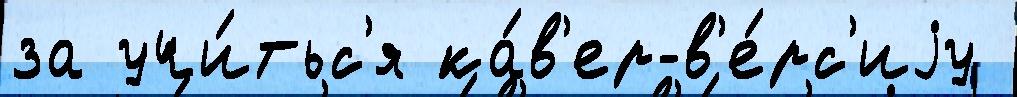
за учи́тьс'я ка́в'ер-в'е́рс'иjу